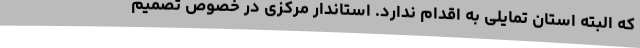
که البته استان تمایلی به اقدام ندارد. استاندار مرکزی در خصوص تصمیم